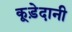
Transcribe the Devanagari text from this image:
कूड़ेदानी